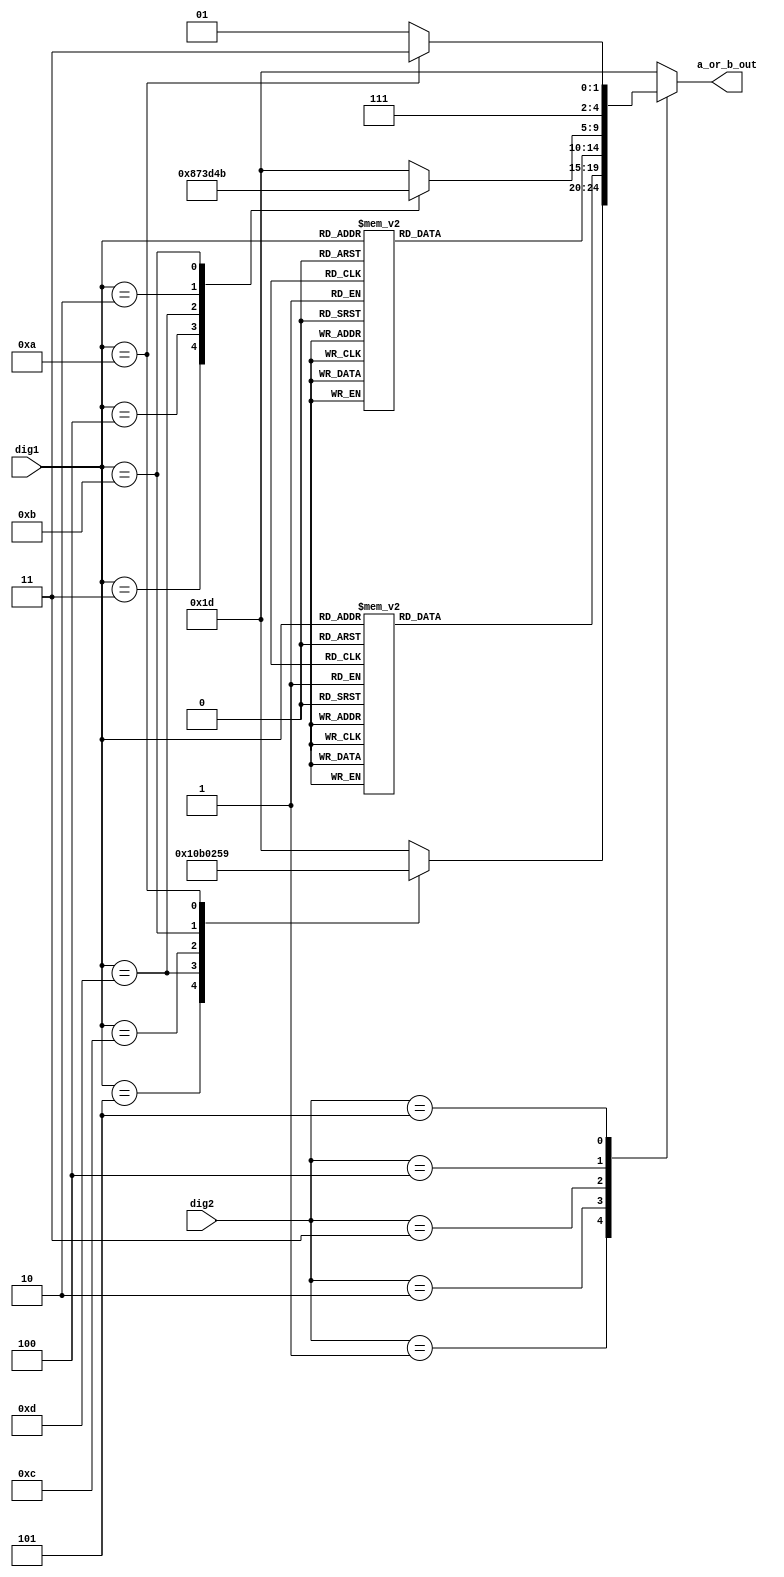
`timescale 1ns / 1ps
//////////////////////////////////////////////////////////////////////////////////
// Company: 
// Engineer: 
// 
// Design Name: 
// Module Name: keycode_decoder
// Project Name: 
// Target Devices: 
// Tool Versions: 
// Description: 
// 
// Dependencies: 
// 
// Revision:
// Revision 0.01 - File Created
// Additional Comments:
// 
//////////////////////////////////////////////////////////////////////////////////


module keycode_decoder(
input [3:0] dig1, 
input [3:0] dig2,
output [4:0] a_or_b_out
    );

reg [4:0]abreg;

parameter a = 5'b00000;
parameter b = 5'b00001;
parameter c = 5'b00010;
parameter d = 5'b00011;
parameter e = 5'b00100;
parameter f = 5'b00101;
parameter g = 5'b00110;
parameter h = 5'b00111;
parameter i = 5'b01000;
parameter j = 5'b01001;
parameter k = 5'b01010;
parameter l = 5'b01011;
parameter m = 5'b01100;
parameter n = 5'b01101;
parameter o = 5'b01110;
parameter p = 5'b01111;
parameter q = 5'b10000;
parameter r = 5'b10001;
parameter s = 5'b10010;
parameter t = 5'b10011;
parameter u = 5'b10100;
parameter v = 5'b10101;
parameter w = 5'b10110;
parameter x = 5'b10111;
parameter y = 5'b11000;
parameter z = 5'b11001;
parameter ENTR = 5'b11111;
parameter OTHER = 5'b11101;

always @(dig1,dig2) begin
    case(dig2) //leftmost character of keystroke
    1: begin case(dig1) //rightmost character of keystroke
        5: abreg <= q;
        13: abreg <= w;
        12: abreg<= a;
        11:abreg<=s; 
        10: abreg<=z;
        default: abreg <= OTHER;
        endcase
        end
    2: begin case(dig1)
        4:abreg <= e;
        13:abreg <= r;
        12:abreg <= t;
        3:abreg <= d;
        11:abreg <= f;
        2:abreg <= x;
        1:abreg <= c;
        10:abreg <= v;
        default: abreg <= OTHER;
        endcase
        end
    3: begin case(dig1)
        5:abreg <= y;
        12:abreg <= u;
        4:abreg <= g;
        3: abreg<= h;
        11: abreg<=j;
        2:abreg<=b;
       1:abreg<=n;
       10:abreg<=m; 
       default: abreg <= OTHER;
        endcase
        end
    4: begin case(dig1)
        3: abreg <= i;
        4: abreg <= o;
        13:abreg<= p;
        2:abreg<=k;
        11: abreg<=l;
        default: abreg <= OTHER;
         endcase
        end 
     5: begin case(dig1)
        10: abreg <= ENTR;  
        default: abreg <= OTHER;
    endcase
    end 
      default: abreg <= OTHER;
    endcase
    end
    assign a_or_b_out = abreg;    
endmodule